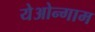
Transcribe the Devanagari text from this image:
येओन्गाम